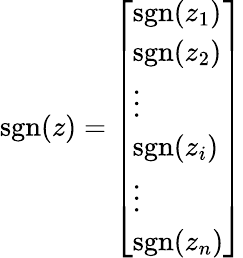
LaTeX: \operatorname{sgn}(z)={\left[\begin{array}{l}{\operatorname{sgn}(z_{1})}\\ {\operatorname{sgn}(z_{2})}\\ {\vdots}\\ {\operatorname{sgn}(z_{i})}\\ {\vdots}\\ {\operatorname{sgn}(z_{n})}\end{array}\right]}